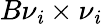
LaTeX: B{\nu}_{\mathit{i}}\times{\nu}_{\mathit{i}}